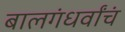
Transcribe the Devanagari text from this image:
बालगंधर्वांचं